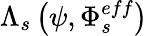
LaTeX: \Lambda_{s}\left(\psi,\Phi_{s}^{eff}\right)